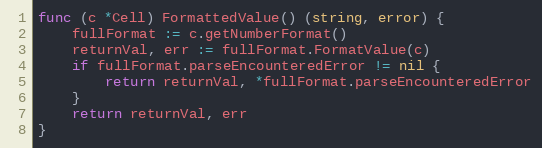
Language: Go
func (c *Cell) FormattedValue() (string, error) {
	fullFormat := c.getNumberFormat()
	returnVal, err := fullFormat.FormatValue(c)
	if fullFormat.parseEncounteredError != nil {
		return returnVal, *fullFormat.parseEncounteredError
	}
	return returnVal, err
}